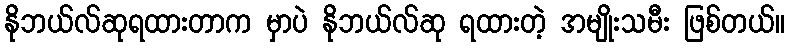
နိုဘယ်လ်ဆုရထားတာက မှာပဲ နိုဘယ်လ်ဆု ရထားတဲ့ အမျိုးသမီး ဖြစ်တယ်။